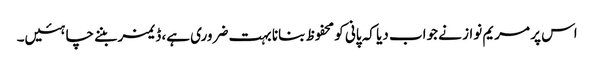
اس پر مریم نواز نے جواب دیا کہ پانی کو محفوظ بنانا بہت ضروری ہے، ڈیمز بننے چاہئیں۔